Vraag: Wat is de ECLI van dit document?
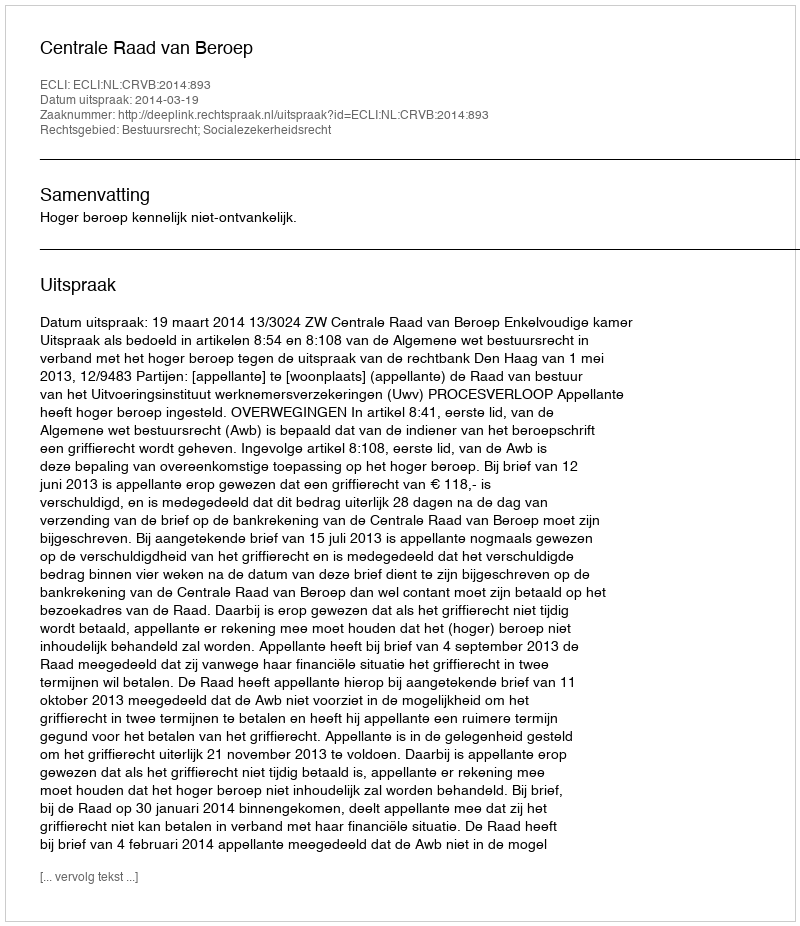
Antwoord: ECLI:NL:CRVB:2014:893